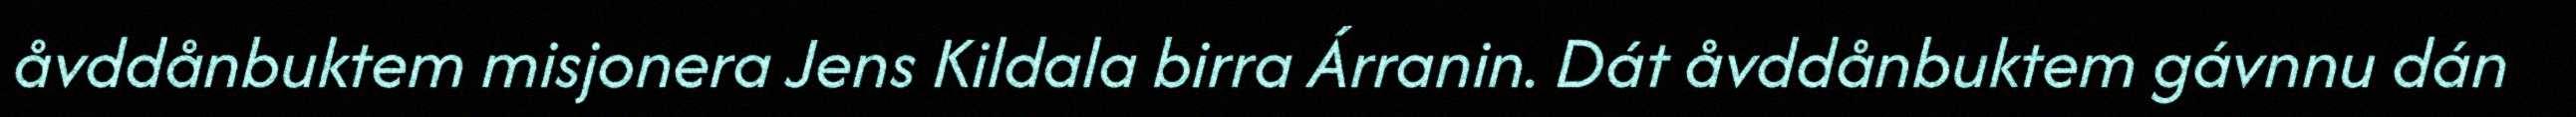
åvddånbuktem misjonera Jens Kildala birra Árranin. Dát åvddånbuktem gávnnu dán